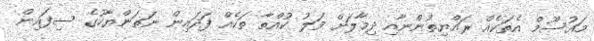
މައުސޫމް އެތަކެއް ރައްޔިތުންނާއި ދިމާލަށް ވަލު ކުއްތާ ތަކެއް ފަދައިން ނަތަންޔާހޫގެ ސިފައިން